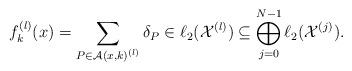
LaTeX: \begin{align*}f_k^{(l)}(x)=\sum_{P\in \mathcal{A}(x,k)^{(l)}}\delta_P \in \ell_2(\mathcal{X}^{(l)})\subseteq \bigoplus_{j=0}^{N-1}\ell_2(\mathcal{X}^{(j)}).\end{align*}